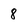
Character: 8